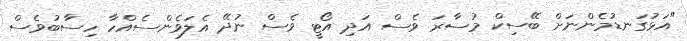
"އަޅުގަނޑުމެންނަށް ބޭސިކް މުސާރަ ވެސް އަދި އޯޓީ ވެސް ނުދޭ އެލަވެންސެއްހާ ހިސާބުވެސް